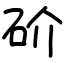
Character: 砎